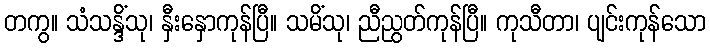
တကွ။ သံသန္ဒိံသု၊ နှီးနှောကုန်ပြီ။ သမိံသု၊ ညီညွတ်ကုန်ပြီ။ ကုသီတာ၊ ပျင်းကုန်သော